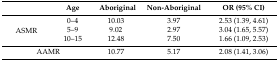
<table><thead><tr><td></td><td><b>Age</b></td><td><b>Aboriginal</b></td><td><b>Non-Aboriginal</b></td><td><b>OR (95% CI)</b></td></tr></thead><tbody><tr><td rowspan="3">ASMR</td><td>0–4</td><td>10.03</td><td>3.97</td><td>2.53 (1.39, 4.61)</td></tr><tr><td>5–9</td><td>9.02</td><td>2.97</td><td>3.04 (1.65, 5.57)</td></tr><tr><td>10–15</td><td>12.48</td><td>7.50</td><td>1.66 (1.09, 2.53)</td></tr><tr><td colspan="2">AAMR</td><td>10.77</td><td>5.17</td><td>2.08 (1.41, 3.06)</td></tr></tbody></table>